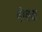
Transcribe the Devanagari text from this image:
बोचक